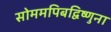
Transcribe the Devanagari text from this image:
सोममपिबद्विष्णुना